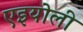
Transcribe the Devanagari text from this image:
एइयोली